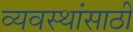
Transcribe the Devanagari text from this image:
व्यवस्थांसाठी